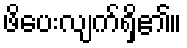
ဖိပေးလျက်ရှိ၏။